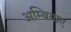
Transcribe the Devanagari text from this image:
अम्बियाए